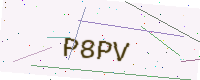
Text: P8PV